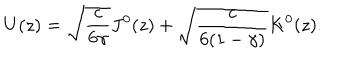
U ( z ) = \sqrt { \frac { c } { 6 \gamma } } J ^ { 0 } ( z ) + \sqrt { \frac { c } { 6 ( 1 - \gamma ) } } K ^ { 0 } ( z ) .